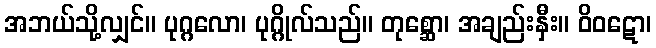
အဘယ်သို့လျှင်။ ပုဂ္ဂလော၊ ပုဂ္ဂိုလ်သည်။ တုစ္ဆော၊ အချည်းနှီး။ ဝိဝဋော၊